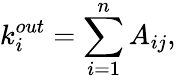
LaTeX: k_{i}^{out}=\sum_{i=1}^{n}A_{ij},